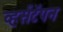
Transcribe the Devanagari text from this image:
व्हर्सटॅपन